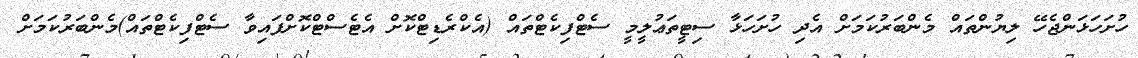
ހުށަހަޅަންޖެހޭ ލިޔުންތައް މެންބަރުކަމަށް އެދި ހުށަހަޅާ ސިޓީތަޢުލީމީ ސެޓްފިކެޓްތައް (އެކްރެޑިޓްކޮށް އެޓެސްޓްކޮށްފައިވާ ސެޓްފިކެޓްތައް)މެންބަރުކަމަށް